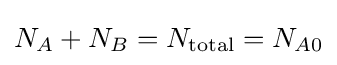
N_{A}+N_{B}=N_{\text{total}}=N_{A0}